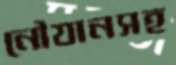
নৌযানসহ